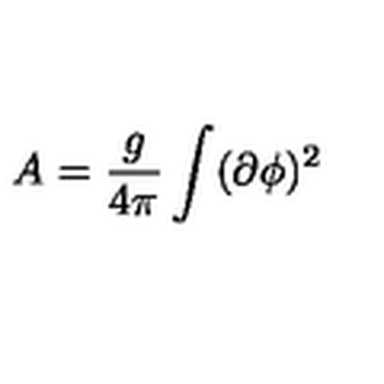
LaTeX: A = { \frac { g } { 4 \pi } } \int ( \partial \phi ) ^ { 2 }